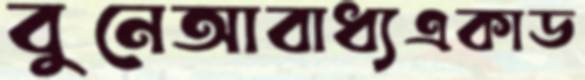
বুনেআবাধ্যএকাড